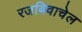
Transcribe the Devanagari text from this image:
रजबिवाचेल